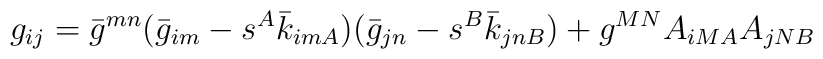
g_{ij} =\bar{g}^{mn}(\bar{g}_{im}-s^{A}\bar{k}_{imA})(\bar{g}_{jn}-s^{B}\bar{k}_{jnB})  + g^{MN}A_{iMA}A_{jNB}